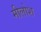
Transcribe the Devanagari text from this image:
मीलोश